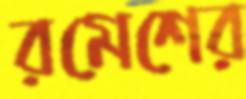
রমেশের